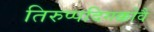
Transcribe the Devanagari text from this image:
तिरुप्पदिगक्कोवै